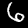
Digit: 6